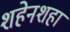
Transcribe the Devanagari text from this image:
शहेनशहा